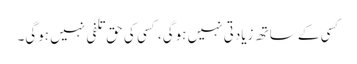
کسی کے ساتھ زیادتی نہیں ہوگی، کسی کی حق تلفی نہیں ہوگی۔